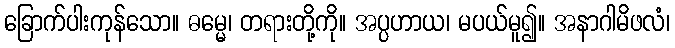
ခြောက်ပါးကုန်သော။ ဓမ္မေ၊ တရားတို့ကို။ အပ္ပဟာယ၊ မပယ်မူ၍။ အနာဂါမိဖလံ၊